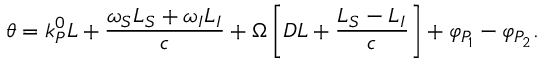
\theta = k _ { P } ^ { 0 } L + \frac { \omega _ { S } L _ { S } + \omega _ { I } L _ { I } } { c } + \Omega \left[ D L + \frac { L _ { S } - L _ { I } } { c } \right] + \varphi _ { P _ { 1 } } - \varphi _ { P _ { 2 } } .